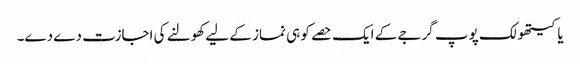
یاکیتھولک پوپ گرجے کے ایک حصے کو ہی نماز کے لیے کھولنے کی اجازت دے دے۔